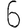
Digit: 6